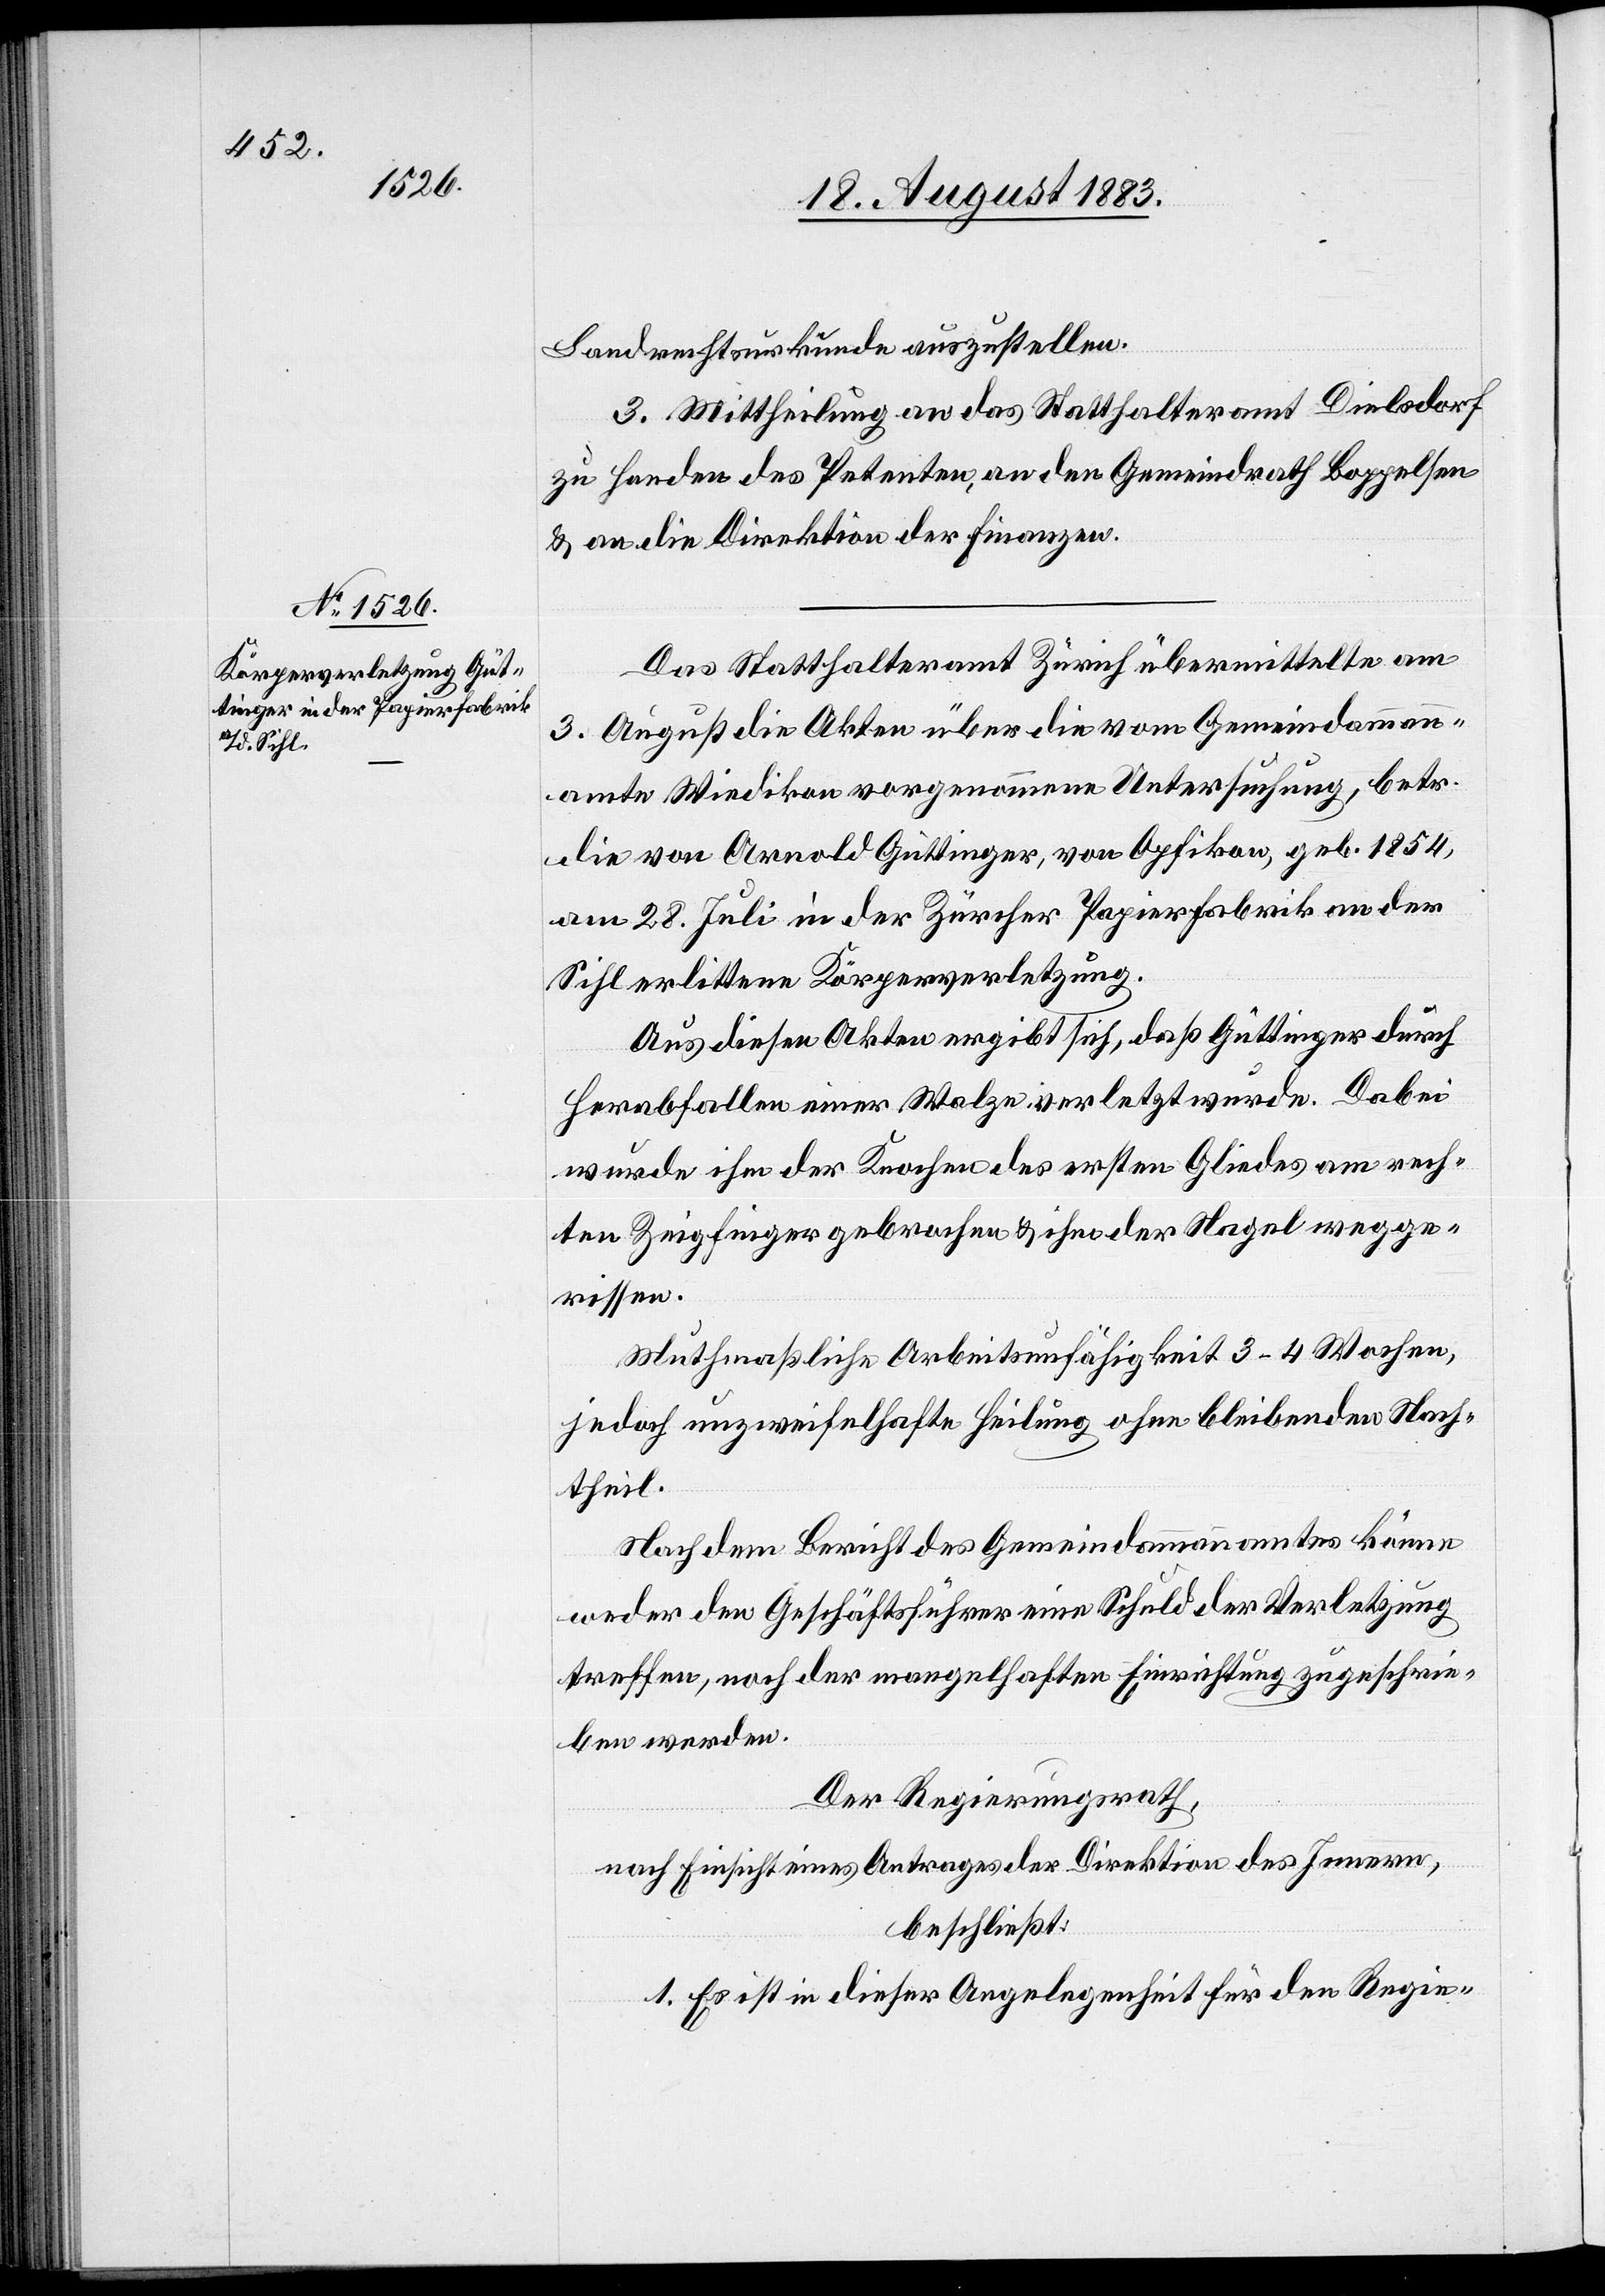
Landrechtsurkunde auszustellen.
3. Mittheilung an das Statthalteramt Zürich
zu Handen des Petenten, an den Gemeindrath Seebach
& an die Direktionen der Finanzen
Das Statthalteramt Zürich übermittelte am
3. August die Akten über die vom Gemeindammann¬
amte Wiedikon vorgenommene Untersuchung, betr.
die von Arnold Güttinger, von Opfikon, geb. 1854,
am 28. Juli in der Zürcher Papierfabrik an der
Sihl erlittene Körperverletzung.
Aus diesen Akten ergibt sich, daß Güttinger durch
herabfallen einer Walze verletzt wurde. Dabei
wurde ihm der Knochen des ersten Gliedes am rech¬
ten Zeigefinger gebrochen & ihm der Nagel wegge¬
rissen.
Muthmaßliche Arbeitsunfähigkeit 3–4 Wochen,
jedoch unzweifelhafte Heilung ohne bleibenden Nach¬
theil.
Nach dem Bericht des Gemeindammannamtes könne
weder den Geschäftsführer eine Schuld der Verletzung
treffen, noch der mangelhaften Einrichtung zugeschrie¬
ben werden
Der Regierungsrath,
nach Einsicht eines Antrages der Direktion des Innern,
beschließt:
1. Es ist in dieser Angelegenheit für den Regie-